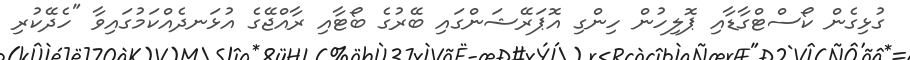
ގުޅިގެން ކޯސްޓްގާޑާއި ޕޮލިހުން ހިންގި އޮޕަރޭޝަންގައި ބޭރުގެ ބޯޓާއި ރާއްޖޭގެ އުޅަނދެއްކަމުގައިވާ "ހެދޭކުރި